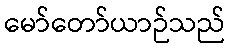
မော်တော်ယာဉ်သည်